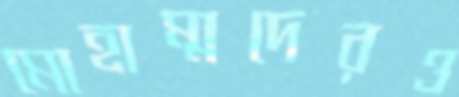
মোহাম্মদেরও